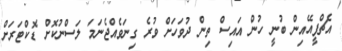
އެޗްޕީއޭއިން ބުނީ ހުން އައިސް ތިން ދުވަހަށް ވުރެ ގިނަވެއްޖެނަމަ ލަސްނުކޮށް ޑޮކްޓަރަށް